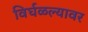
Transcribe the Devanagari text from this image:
विर्घळल्यावर